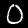
Digit: 0